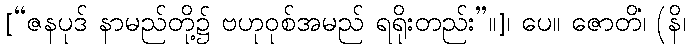
[“ဇနပုဒ် နာမည်တို့၌ ဗဟုဝုစ်အမည် ရရိုးတည်း”။]၊ ပေ။ ဇောတိံ၊ (နိ၊